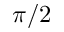
\pi / 2